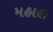
મહાલ